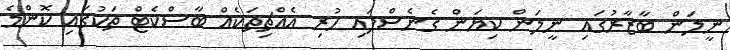
ނީލަން ބާޒާރުގައި ނީލަން ކިޔަން ގެނެސްފައި ހުރި އެއްޗިތަކެއް ބާސްކެޓް ތަކުގައި ކޮންމެ